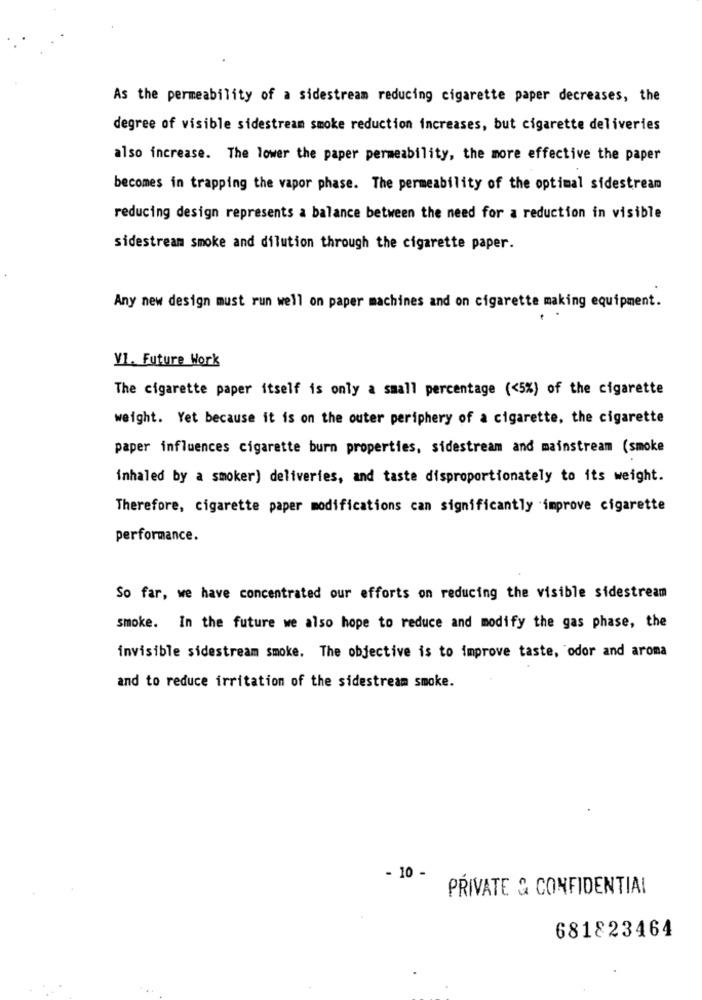
As the permeability of a sidestream reducing cigarette paper decreases, the
degree of visible sidestream smoke reduction increases, but cigarette deliveries
also increase. The lower the paper permeability, the more effective the paper
becomes in trapping the vapor phase. The permeability of the optimal sidestream
reducing design represents a balance between the need for a reduction in visible
sidestream smoke and dilution through the cigarette paper.
Any new design must run well on paper machines and on cigarette making equipment.
V1. Future Work
The cigarette paper itself is only a small percentage (<5%) of the cigarette
weight. Yet because it is on the outer periphery of a cigarette, the cigarette
paper influences cigarette burn properties, sidestream and mainstream (smoke
inhaled by a smoker) deliveries, and taste disproportionately to its weight.
Therefore, cigarette paper modifications can significantly improve cigarette
performance.
So far, we have concentrated our efforts on reducing the visible sidestream
smoke. In the future we also hope to reduce and modify the gas phase, the
invisible sidestream smoke. The objective is to improve taste, odor and aroma
and to reduce irritation of the sidestream smoke.
- 10 -
PRIVATE & CONFIDENTIAL
681823464